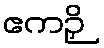
ဧကဉှိ